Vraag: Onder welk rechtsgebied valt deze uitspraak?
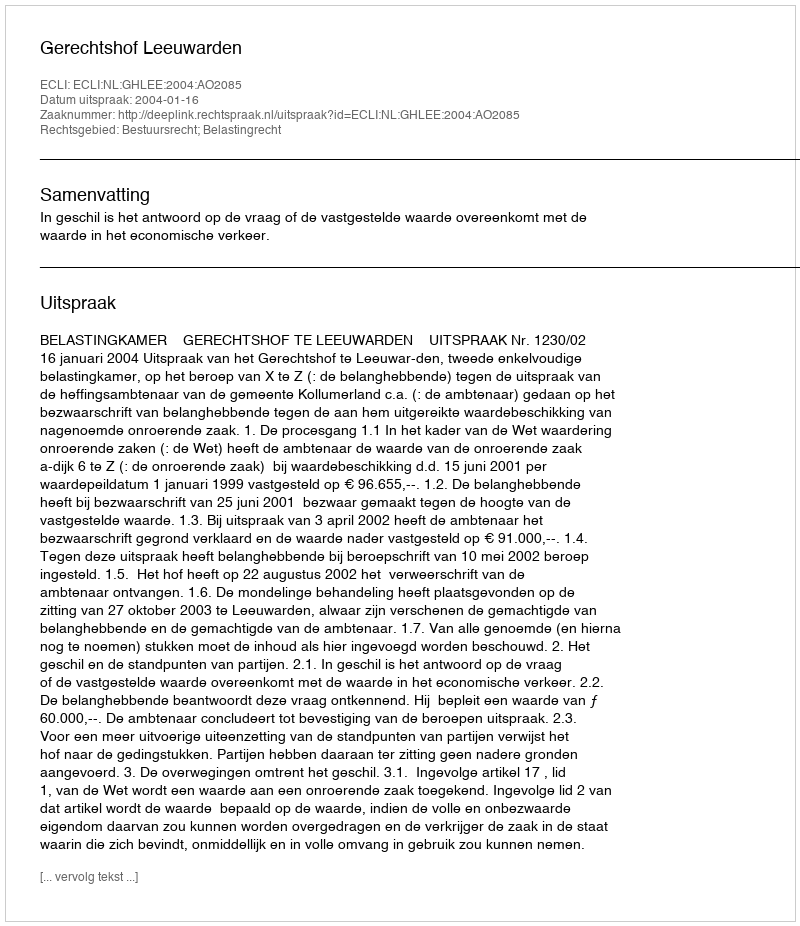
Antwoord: Bestuursrecht; Belastingrecht